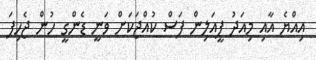
އިއްޔެ އާއި މިއަދު ފީއަލިން ފަސް ކުއްޖަކަށް ވަނީ ޑެންގީ ހުން ޖެހިފަ